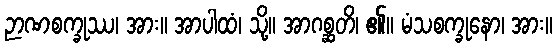
ဉာဏစက္ခုဿ၊ အား။ အာပါထံ၊ သို့။ အာဂစ္ဆတိ၊ ၏။ မံသစက္ခုနော၊ အား။